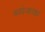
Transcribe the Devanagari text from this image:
ब्यंजक